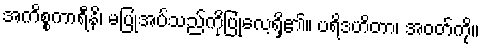
အကိစ္စကာရီနိ၊ မပြုအပ်သည်ကိုပြုလေ့ရှိ၏။ ပရိဒဟိတာ၊ အဝတ်ကို။